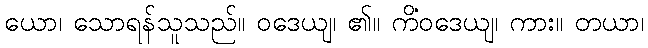
ယော၊ သောရန်သူသည်။ ဝဒေယျ၊ ၏။ ကိံဝဒေယျ၊ ကား။ တယာ၊